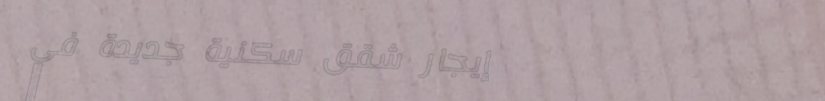
إيجار شقق سكنية جديدة في